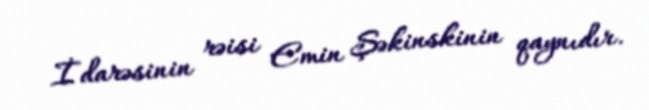
İdarəsinin rəisi Emin Şəkinskinin qaynıdır.